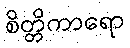
စိတ္တိကာရော